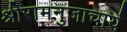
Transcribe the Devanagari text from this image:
श्रीरामनुजाचार्य